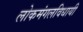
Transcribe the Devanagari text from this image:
लोकमंगलविधायी